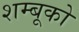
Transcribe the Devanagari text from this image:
शम्बूको